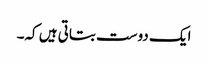
ایک دوست بتاتی ہیں کہ۔